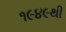
૧૯૪૯થી